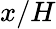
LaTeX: x/H